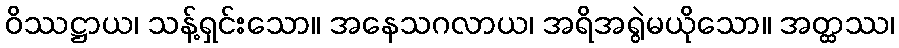
ဝိဿဋ္ဌာယ၊ သန့်ရှင်းသော။ အနေသဂလာယ၊ အရိအရွဲမယိုသော။ အတ္ထဿ၊